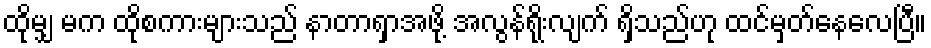
ထိုမျှ မက ထိုစကားများသည် နာတာရှာအဖို့ အလွန်ရိုးလျက် ရှိသည်ဟု ထင်မှတ်နေလေပြီ။